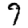
Digit: 9